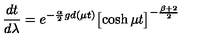
\frac { d t } { d \lambda } = e ^ { - \frac { \alpha } { 2 } g d ( \mu t ) } \bigl [ \cosh { \mu t } \bigr ] ^ { - \frac { \beta + 2 } { 2 } }